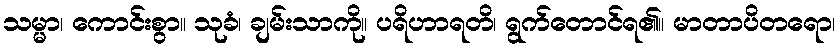
သမ္မာ၊ ကောင်းစွာ။ သုခံ၊ ချမ်းသာကို။ ပရိဟာရတိ၊ ရွက်တောင်ရ၏။ မာတာပိတရော၊